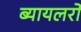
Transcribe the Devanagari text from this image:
ब्यायलरों